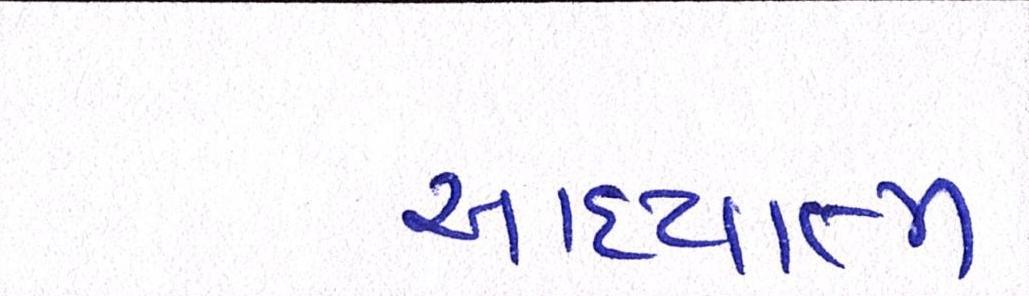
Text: આધ્યાત્મ